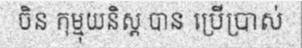
ចិន កុម្មុយនិស្ត បាន ប្រើប្រាស់